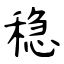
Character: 稳